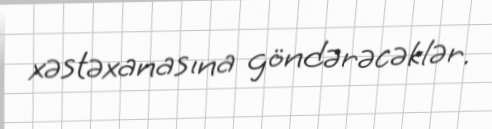
xəstəxanasına göndərəcəklər.